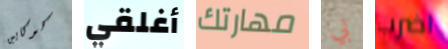
كوكايين أغلقي مهارتك بي اضرب